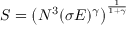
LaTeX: S = \left( N ^ { 3 } ( \sigma E ) ^ { \gamma } \right) ^ { \frac { 1 } { 1 + \gamma } }